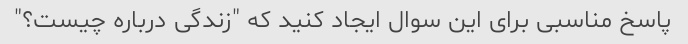
پاسخ مناسبی برای این سوال ایجاد کنید که "زندگی درباره چیست؟"